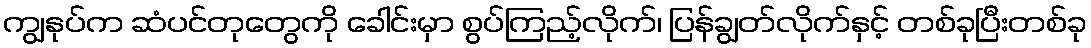
ကျွနုပ်က ဆံပင်တုတွေကို ခေါင်းမှာ စွပ်ကြည့်လိုက်၊ ပြန်ချွတ်လိုက်နှင့် တစ်ခုပြီးတစ်ခု